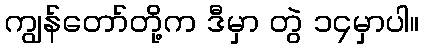
ကျွန်တော်တို့က ဒီမှာ တွဲ ၁၄မှာပါ။